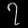
Digit: ၇